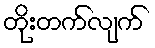
တိုးတက်လျက်